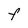
Character: F